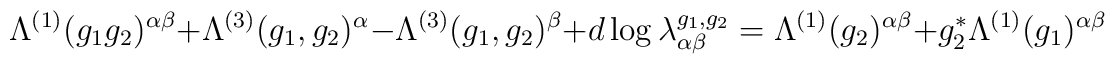
\Lambda^{(1)}(g_1 g_2)^{\alpha \beta} \: + \:\Lambda^{(3)}(g_1, g_2)^{\alpha} \: - \:\Lambda^{(3)}(g_1, g_2)^{\beta} \: + \: d \log \lambda^{g_1, g_2}_{\alpha \beta}\: = \:\Lambda^{(1)}(g_2)^{\alpha \beta} \: + \:g_2^* \Lambda^{(1)}(g_1)^{\alpha \beta}